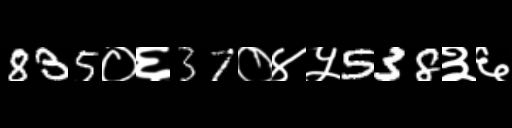
Text: 835०६37०४५538३६